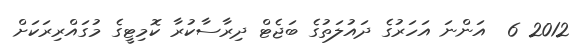
2012 6  އަންނަ އަހަރުގެ ދައުލަތުގެ ބަޖެޓް ދިރާސާކުރާ ކޮމިޓީގެ މުގައްރިރަކަށް